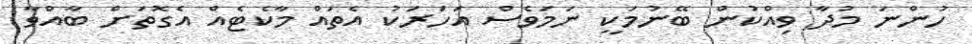
ހުންނަ މުދާ ވިއްކުން ބޭނުމަކީ ނަމަވެސް އަހަރަކު އެތައް މާކެޓެއް އެގޮތަށް ބާއްވާ